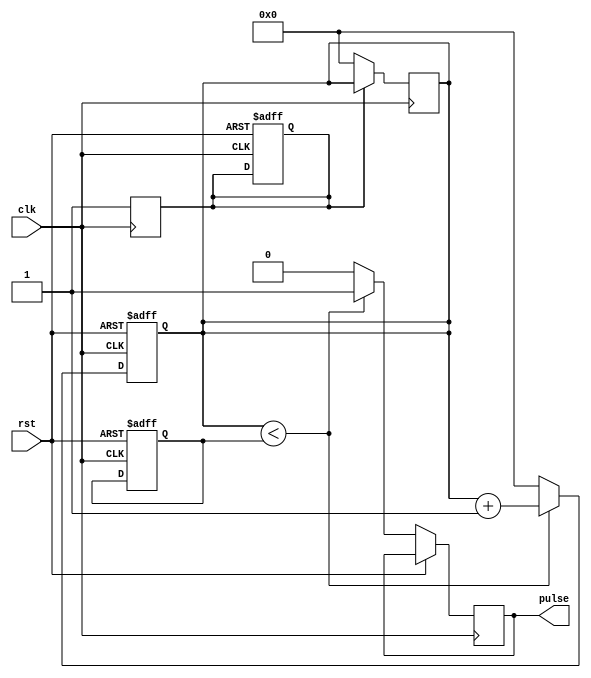
module Asynchronous_Pulse_Generator (
    input wire clk,
    input wire rst,
    output reg pulse
);

reg [31:0] count;
reg [31:0] duration;
reg sync;

always @(posedge clk or posedge rst) begin
    if (rst) begin
        count <= 32'd0;
        duration <= 32'd100; // Set pulse duration to 100 clock cycles
        sync <= 1'b0;
    end else begin
        if (count < duration) begin
            pulse <= 1'b1;
            count <= count + 1;
        end else begin
            pulse <= 1'b0;
            count <= 32'd0;
        end
    end
end

always @(posedge clk) begin
    if (!sync) begin
        sync <= 1'b1;
        count <= 32'd0;
    end
end

endmodule